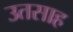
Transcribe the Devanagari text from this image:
उतसाह